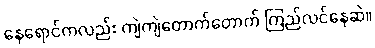
နေရောင်ကလည်း ကျဲကျဲတောက်တောက် ကြည်လင်နေဆဲ။